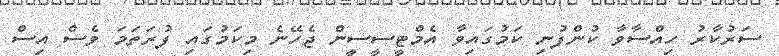
ސަރުކާރު ހިއްސާވާ ކުންފުނި ކަމުގައިވާ އެމްޓީސީސީން ޖެހޭނެ މިކަމުގައި ފުރަތަމަ ވެސް އިސް